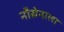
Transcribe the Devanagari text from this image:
नौसेनाला